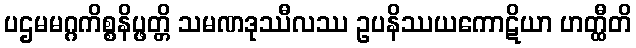
ပဌမမဂ္ဂကိစ္စနိပ္ဖတ္တိ သမဏဒုဿီလဿ ဥပနိဿယကောဋိယာ ဟတ္ထီတိ